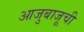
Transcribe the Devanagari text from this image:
आजुबाजूची